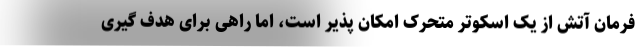
فرمان آتش از یک اسکوتر متحرک امکان پذیر است، اما راهی برای هدف گیری